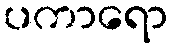
ပကာရော